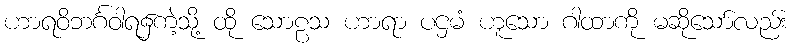
ဟာရဝိဘင်္ဂဝါရ၌ကဲ့သို့ ထို သောဠသ ဟာရာ ပဌမံ ဟူသော ဂါထာကို မဆိုသော်လည်း